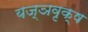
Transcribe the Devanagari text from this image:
यज्ञवृक्ष